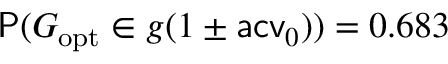
\mathsf P ( G _ { \mathrm { o p t } } \in g ( 1 \pm \mathsf { a c v } _ { 0 } ) ) = 0 . 6 8 3